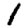
Digit: 1